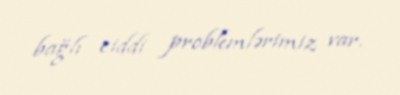
bağlı ciddi problemlərimiz var.